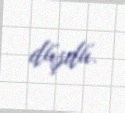
düşdü.